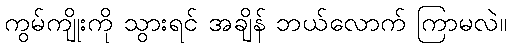
ကွမ်ကျိုးကို သွားရင် အချိန် ဘယ်လောက် ကြာမလဲ။